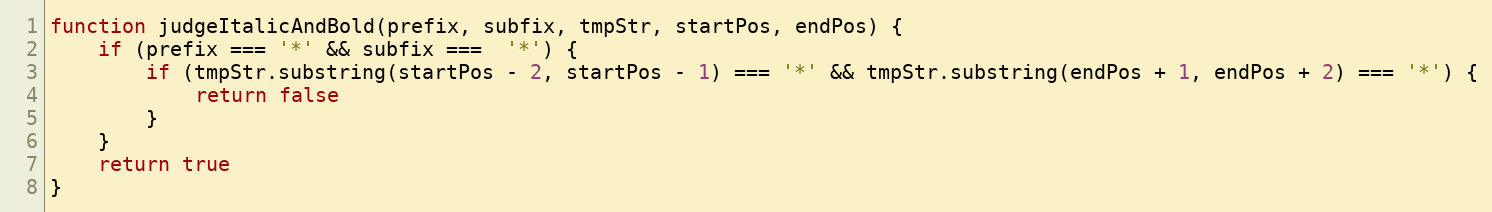
Language: JavaScript
function judgeItalicAndBold(prefix, subfix, tmpStr, startPos, endPos) {
    if (prefix === '*' && subfix ===  '*') {
        if (tmpStr.substring(startPos - 2, startPos - 1) === '*' && tmpStr.substring(endPos + 1, endPos + 2) === '*') {
            return false
        }
    }
    return true
}